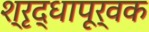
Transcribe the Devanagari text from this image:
श्रृद्धापूर्वक